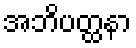
အဘိပတ္ထနာ